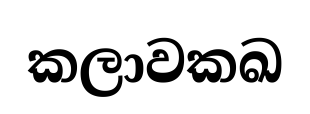
කලාවකඛ